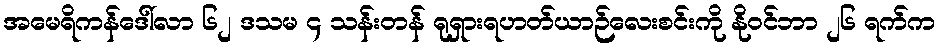
အမေရိကန်ဒေါ်လာ ၆၂ ဒသမ ၄ သန်းတန် ရုရှားရဟတ်ယာဉ်လေးစင်းကို နိုဝင်ဘာ ၂၆ ရက်က